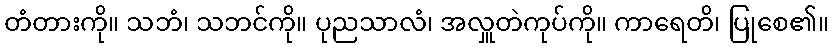
တံတားကို။ သဘံ၊ သဘင်ကို။ ပုညသာလံ၊ အလှူတဲကုပ်ကို။ ကာရေတိ၊ ပြုစေ၏။